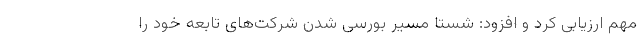
مهم ارزیابی کرد و افزود: شستا مسیر بورسی شدن شرکت‌های تابعه خود را